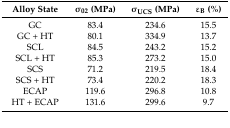
| Alloy State | σ02 (MPa) | σUCS (MPa) | εB (%) |
 | --- | --- | --- | --- |
 | GC | 83.4 | 234.6 | 15.5 |
 | GC + HT | 80.1 | 334.9 | 13.7 |
 | SCL | 84.5 | 243.2 | 15.2 |
 | SCL + HT | 85.3 | 273.2 | 15.0 |
 | SCS | 71.2 | 219.5 | 18.4 |
 | SCS + HT | 73.4 | 220.2 | 18.3 |
 | ECAP | 119.6 | 296.8 | 10.8 |
 | HT + ECAP | 131.6 | 299.6 | 9.7 |